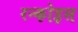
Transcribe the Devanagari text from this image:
रन्कोइस